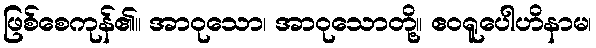
ဖြစ်စေကုန်၏။ အာဝုသော၊ အာဝုသောတို့။ ဧဝရူပေါဟိနာမ၊